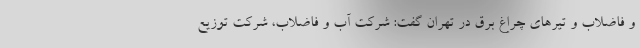
و فاضلاب و تیرهای چراغ برق در تهران گفت: شرکت آب و فاضلاب، شرکت توزیع